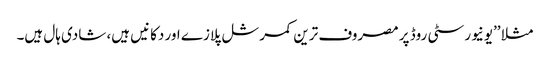
مثلا ’’یونیورسٹی روڈ پر مصروف ترین کمرشل پلازے اور دکانیں ہیں، شادی ہال ہیں۔